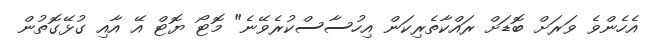
އެހެންވެ ވަރަށް ބޮޑަށް ރައްކާތެރިކަން އިހުސާސްކުރެވޭނެ" މޮޓޯ ޔޮޓް އޭ އާއި ގުޅޭގޮތުން